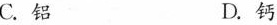
C.铝 D.钙